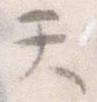
て